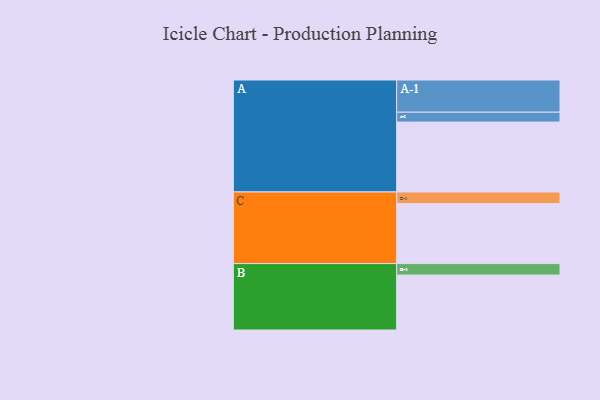
{"axis": {"x": "Segment", "y": "Value"}, "legend": ["", "A", "B", "C"], "data": [{"x": "A", "y": 523, "type": ""}, {"x": "B", "y": 411, "type": ""}, {"x": "C", "y": 449, "type": ""}, {"x": "A-1", "y": 241, "type": "A"}, {"x": "A-2", "y": 74, "type": "A"}, {"x": "B-1", "y": 86, "type": "B"}, {"x": "C-1", "y": 87, "type": "C"}]}